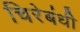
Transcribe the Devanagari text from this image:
चिरेबंधी